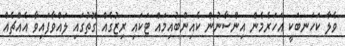
ވެލާ ކަހަނބަކީ އަހަރެމެން އިންސާނުން ކެއިންބުއިމައް ޓަކައި ރިޒުގެއް ގޮތުގައި ލައްވާފައިވާ އެއްޗެއް